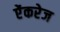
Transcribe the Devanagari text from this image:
ऐंकरेज